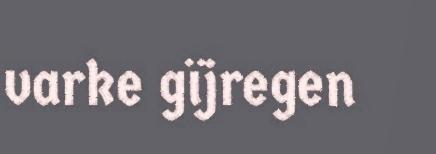
varke gïjregen